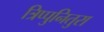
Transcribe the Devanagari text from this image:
त्रिप्पुनितुरा